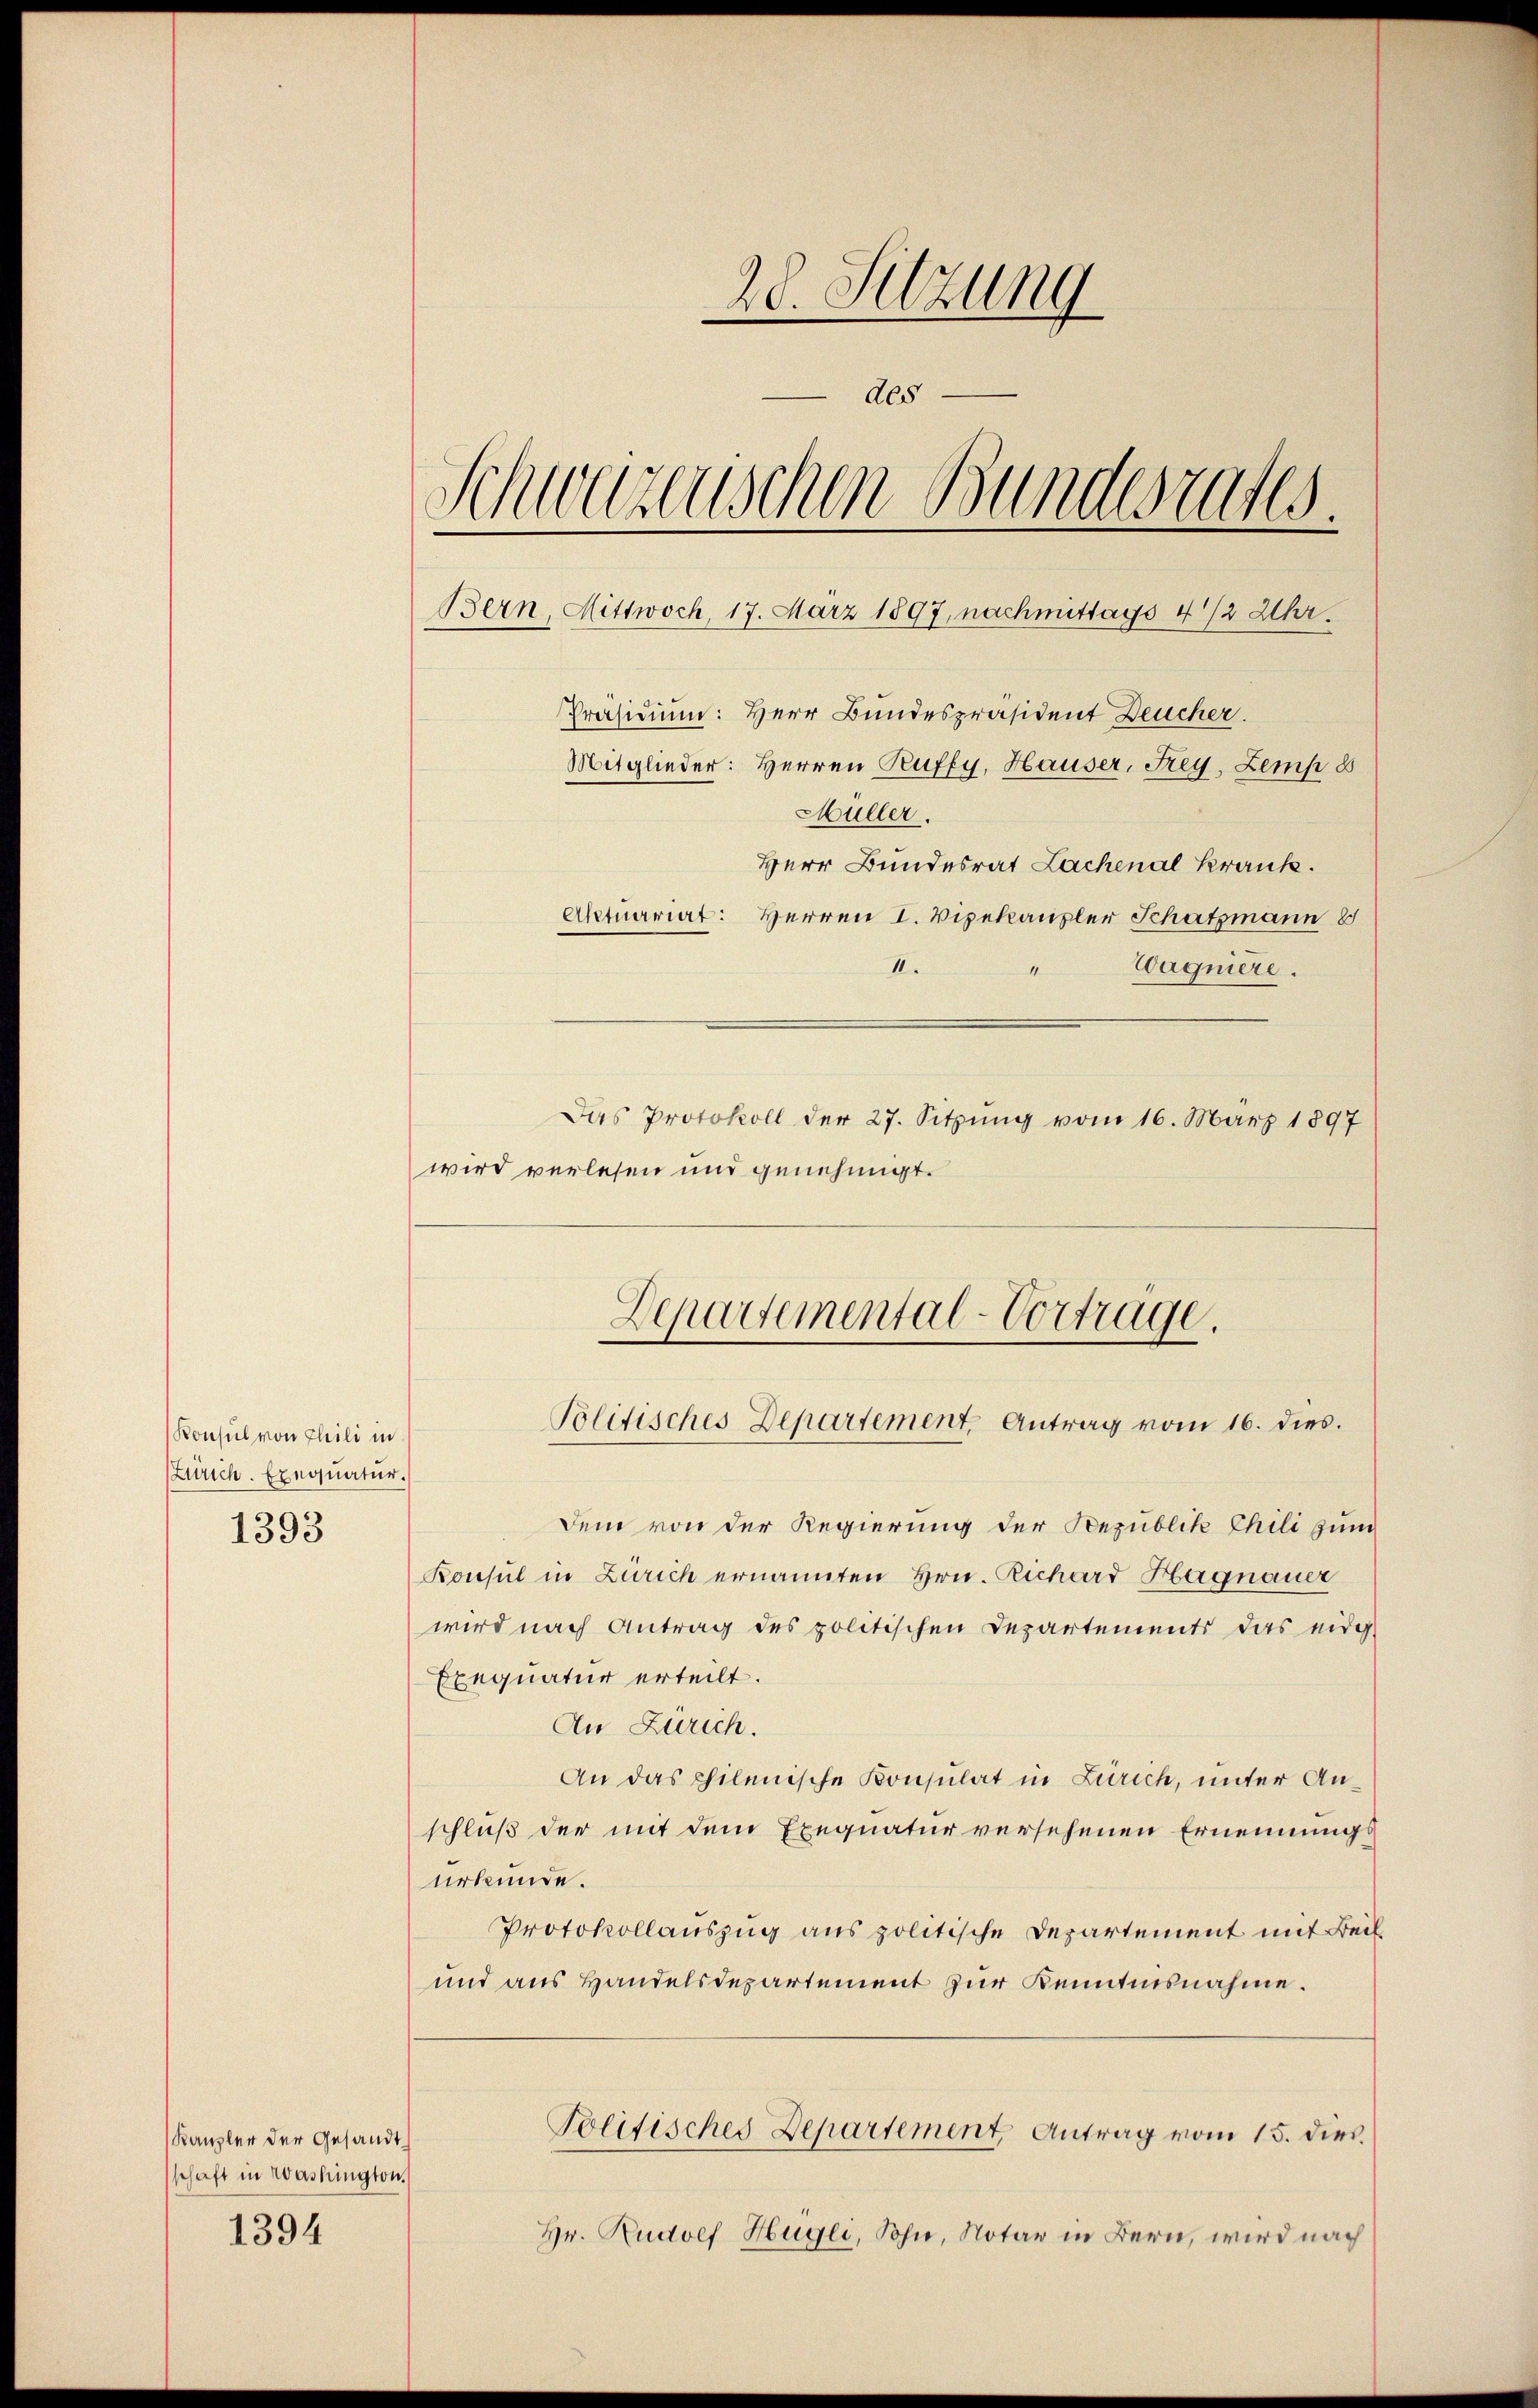
Konsul von Theili in
Zürich. Exequatur.
1393

Kanzler der Gesandt
schaft in Washington.

1394

20. Sitzung
Als
Schweizerischen Bundesrates
Bern, Mittwoch, 17. März 1897, nachmittags 4 1/2 Uhr.
Präsidium: Herr Bundespräsident Deucher.
Mitglieder: Herren Puffy, Hauser, Frey, Zemp 8
Müller.
Herr Bundesrat Lachenal Krank.
Aktuariat: Herren I. Vizekanzler Schatzmann
II.
Wagniere.
Das Protokoll der 27. Sitzŭng vom 16. März 1897
wird verlesen und genehmigt.

Departemental-Vortrage.
Politisches Departement, Antrag vom 16. dies

dem von der Regierung der Republik Chili zum
Konsul in Zürich ernannten Hrn. Richard Hagnauer
wird nach Antrag des politischen Departements das eidg
Exequatur erteilt.
An Zürich.
An das philenische Konsulat in Zürich, unter Anschluß der mit dem Exequatur versehenen Ernennungsurkunde.
Protokollauszug aus politische Departement mit Beil
und aus Handelsdepartement zur Kenntnisnahme.
Politisches Departement, Antrag vom 15. dies
Hr. Rudolf Hugli, Sohn, Notar in Bern, wird nach